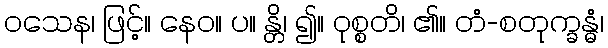
ဝသေန၊ ဖြင့်။ နေဝ။ ပ။ န္တိ၊ ၍။ ဝုစ္စတိ၊ ၏။ တံ-စတုက္ခန္ဓံ၊